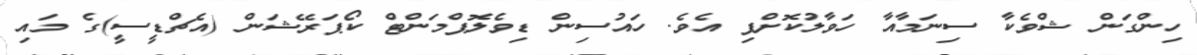
ހިންގަން ޝްވެކާ ސިނަމާއާ ހަވާލުކޮށްފި އެވެ. ހައުސިން ޑިވެލޮޕްމަންޓް ކޯޕަރޭޝަން (އެޗްޑީސީ)ގެ މައި